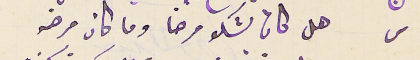
س  هل كان يشكو مرضا وما كان مرضه